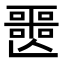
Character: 𡂤